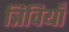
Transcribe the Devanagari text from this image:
त्रिवियाँ